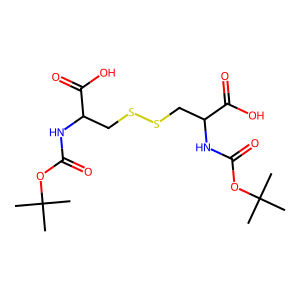
SMILES: CC(C)(C)OC(=O)NC(CSSCC(NC(=O)OC(C)(C)C)C(=O)O)C(=O)O
Inhibits HIV replication: No